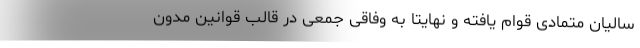
سالیان متمادی قوام یافته و نهایتا به وفاقی جمعی در قالب قوانین مدون